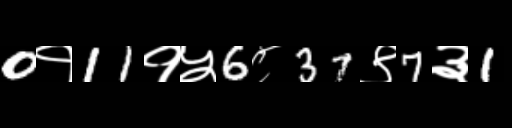
Text: 0१11१५6८37९7३1